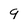
Character: q